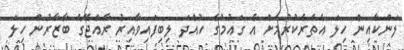
ލަންކާއިން ހިލަ އެތެރެކުރުމަށް އެ ގައުމުގެ ހުއްދަ ލިބިފައިވާއިރު ރާއްޖޭގެ ބާޒާރުން ހިލަ